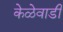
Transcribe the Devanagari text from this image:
केळेवाडी